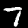
Label: 7